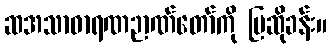
ဆအသာဓာရဏဉာဏ်တော်ကို ပြဆိုခန်း။